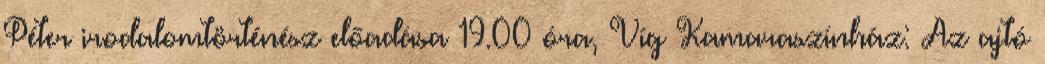
Péter irodalomtörténész előadása 19.00 óra, Víg Kamaraszínház: Az ajtó